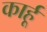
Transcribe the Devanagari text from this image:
कार्हू